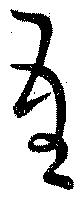
吾